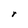
Character: r